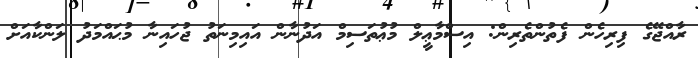
ރާއްޖޭގެ ފިރިހެން ފެތުންތެރިން: އިސްމާޢީލް މުޢުތަސިމް އަދުނާން އައިމިނަތު ޖުހައިނާ މުޙައްމަދު ލަންކާއަށް